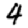
Digit: 4